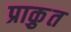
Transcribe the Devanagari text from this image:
प्राकृुत